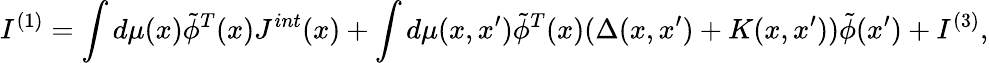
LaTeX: I^{(1)}=\int d\mu(x)\tilde{\phi}^{T}(x)J^{int}(x)+\int d\mu(x,x^{\prime})\tilde{\phi}^{T}(x)(\Delta(x,x^{\prime})+K(x,x^{\prime}))\tilde{\phi}(x^{\prime})+I^{(3)},